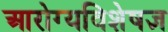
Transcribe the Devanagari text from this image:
आरोग्यविशेषज्ञ